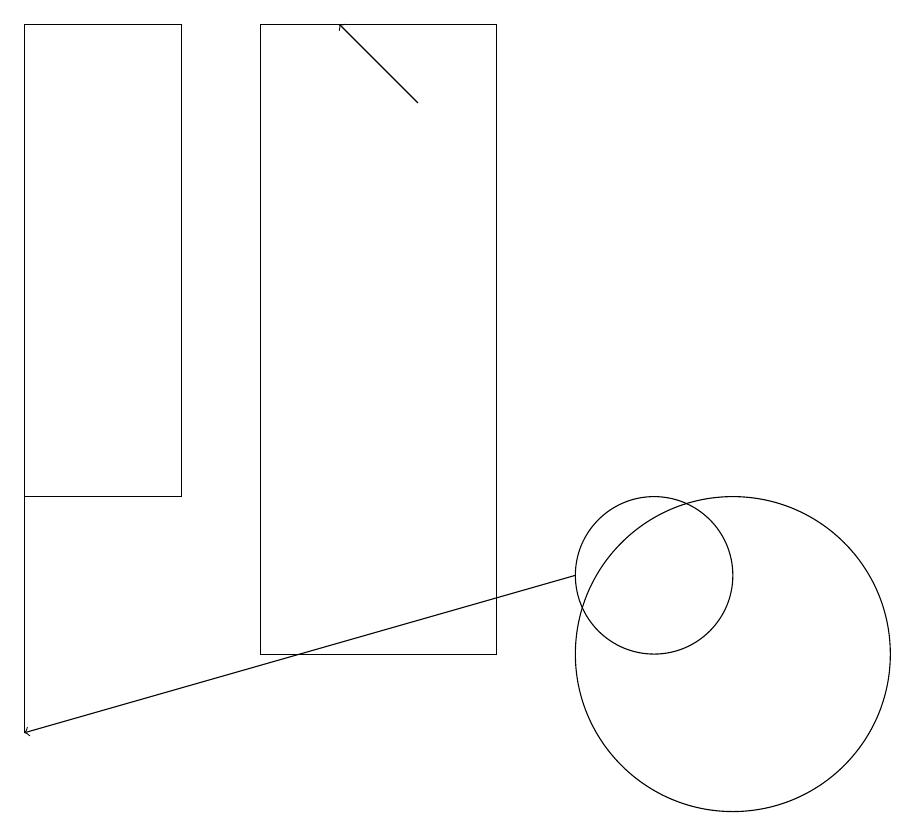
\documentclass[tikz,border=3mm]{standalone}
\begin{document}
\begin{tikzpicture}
\draw (4,13) rectangle (2,19);
\draw (10,12) circle (1);
\draw[->] (9,12) -- (2,10);
\draw[->] (7,18) -- (6,19);
\draw (5,11) rectangle (8,19);
\draw (2,10) rectangle (2,19);
\draw (11,11) circle (2);
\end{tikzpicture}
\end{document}